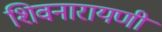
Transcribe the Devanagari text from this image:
शिवनारायणी